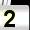
Digit: 2